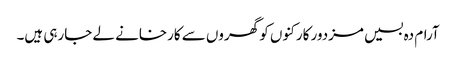
آرام دہ بسیں مزدور کارکنوں کو گھروں سے کارخانے لے جارہی ہیں۔